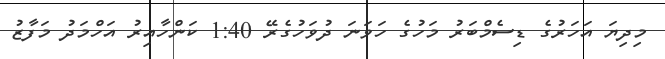
މިދިޔަ އަހަރުގެ ޑިސެމްބަރު މަހުގެ ހަވަނަ ދުވަހުގެރޭ 1:40 ކަންހާއިރު އަހްމަދު މަފާޒު